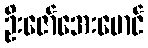
ဦးဇော်အေးမောင်